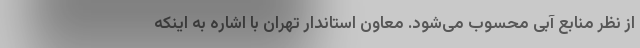
از نظر منابع آبی محسوب می‌شود. معاون استاندار تهران با اشاره به اینکه